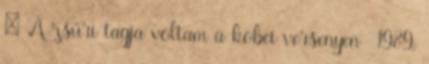
: A zsűri tagja voltam a kobei versenyen 1989,